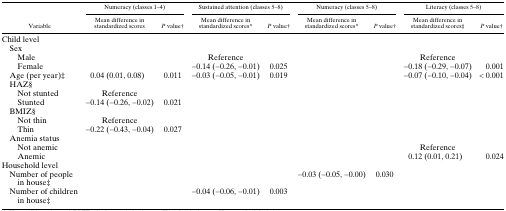
| <ROWSPAN=2> Variable | <COLSPAN=2> Numeracy (classes 1–4) | <COLSPAN=2> Sustained attention (classes 5–8) | <COLSPAN=2> Numeracy (classes 5–8) | <COLSPAN=2> Literacy (classes 5–8) |
 | Mean difference in standardized scores | P value† | Mean difference in standardized scores* | P value† | Mean difference in standardized scores* | P value† | Mean difference in standardized scores‡ | P value† |
 | --- | --- | --- | --- | --- | --- | --- | --- | --- |
 | <COLSPAN=9> Child level |
 | <COLSPAN=9> Sex |
 | Male |  |  | Reference |  |  |  | Reference |  |
 | Female |  |  | −0.14 (−0.26, −0.01) | 0.025 |  |  | −0.18 (−0.29, −0.07) | 0.001 |
 | Age (per year)‡ | 0.04 (0.01, 0.08) | 0.011 | −0.03 (−0.05, −0.01) | 0.019 |  |  | −0.07 (−0.10, −0.04) | < 0.001 |
 | <COLSPAN=9> HAZ§ |
 | Not stunted | Reference |  |  |  |  |  |  |  |
 | Stunted | −0.14 (−0.26, −0.02) | 0.021 |  |  |  |  |  |  |
 | <COLSPAN=9> BMIZ§ |
 | Not thin | Reference |  |  |  |  |  |  |  |
 | Thin | −0.22 (−0.43, −0.04) | 0.027 |  |  |  |  |  |  |
 | <COLSPAN=9> Anemia status |
 | Not anemic |  |  |  |  |  |  | Reference |  |
 | Anemic |  |  |  |  |  |  | 0.12 (0.01, 0.21) | 0.024 |
 | <COLSPAN=9> Household level |
 | Number of people in house‡ |  |  |  |  | −0.03 (−0.05, −0.00) | 0.030 |  |  |
 | Number of children in house‡ |  |  | −0.04 (−0.06, −0.01) | 0.003 |  |  |  |  |